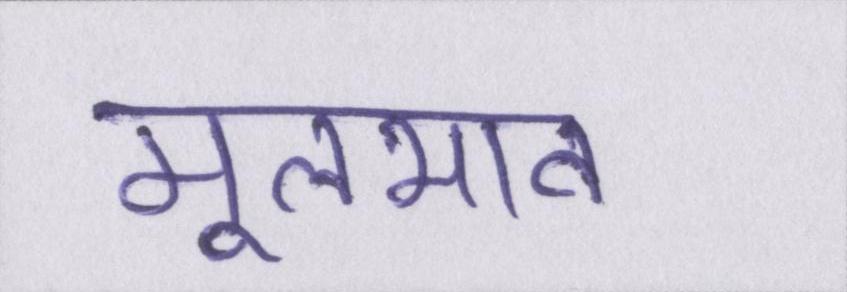
मूलभाव